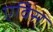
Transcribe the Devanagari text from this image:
एविस्